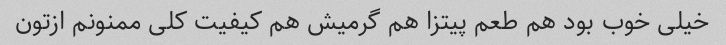
خیلی خوب بود هم طعم پیتزا هم گرمیش هم کیفیت کلی ممنونم ازتون